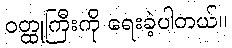
ဝတ္ထုကြီးကို ရေးခဲ့ပါတယ်။